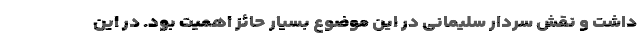
داشت و نقش سردار سلیمانی در این موضوع بسیار حائز اهمیت بود. در این